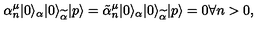
\alpha _ { n } ^ { \mu } | 0 \rangle _ { \alpha } | 0 \rangle _ { \widetilde \alpha } | p \rangle = \tilde { \alpha } _ { n } ^ { \mu } | 0 \rangle _ { \alpha } | 0 \rangle _ { \widetilde \alpha } | p \rangle = 0 \forall n > 0 , ~